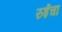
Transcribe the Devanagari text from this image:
रुईचा